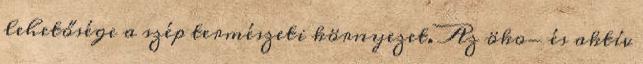
lehetősége a szép természeti környezet. Az öko- és aktív